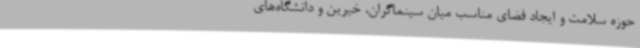
حوزه سلامت و ایجاد فضای مناسب میان سینماگران، خیرین و دانشگاه‌های